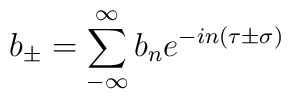
b_{\pm}= \sum\limits_{- \infty}^{\infty} b_n e^{-in \left( \tau \pm\sigma \right)}